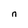
Character: n